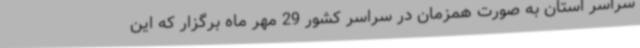
سراسر استان به صورت همزمان در سراسر کشور 29 مهر ماه برگزار که این